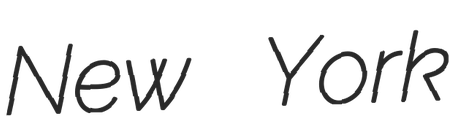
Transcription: New York